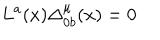
L ^ { a } ( x ) \Delta _ { 0 b } ^ { \mu } ( x ) = 0 \,